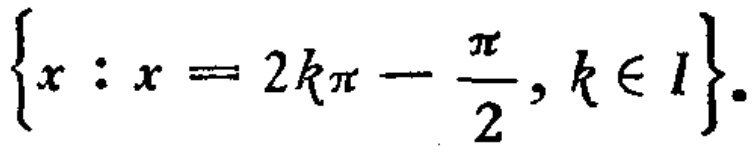
\(\{x : x = 2k\pi - \frac{\pi}{2}, k \in I\}\)